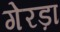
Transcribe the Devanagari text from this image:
गेरड़ा